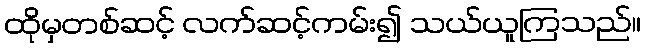
ထိုမှတစ်ဆင့် လက်ဆင့်ကမ်း၍ သယ်ယူကြသည်။